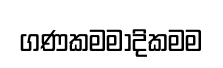
ගණකමමාදිකමම